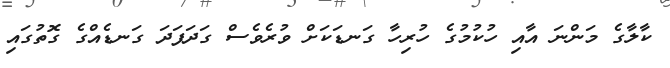
ކާލާގެ މަންނަ އާއި ހުކުމުގެ ހުރިހާ ގަނޑަކަށް ވުރެވެސް ގަދަފަދަ ގަނޑެއްގެ ގޮތުގައި